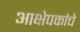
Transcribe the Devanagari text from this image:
आक्षेपकांचे